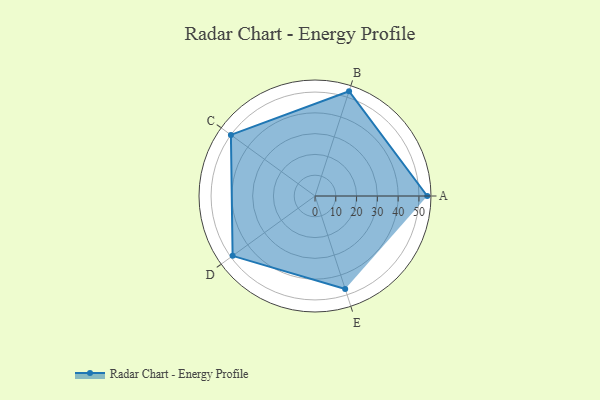
{"axis": {"x": "Skill", "y": "Score"}, "legend": ["Profile"], "data": [{"x": "A", "y": 54.0, "type": "Profile"}, {"x": "B", "y": 53.0, "type": "Profile"}, {"x": "C", "y": 50.0, "type": "Profile"}, {"x": "D", "y": 49.0, "type": "Profile"}, {"x": "E", "y": 47.0, "type": "Profile"}]}